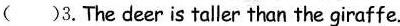
( )3.The deer is taller than the giraffe.